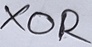
Text: XOR